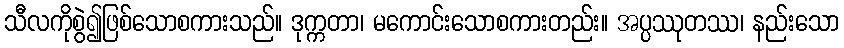
သီလကိုစွဲ၍ဖြစ်သောစကားသည်။ ဒုက္ကတာ၊ မကောင်းသောစကားတည်း။ အပ္ပဿုတဿ၊ နည်းသော